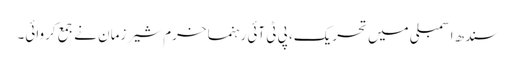
سندھ اسمبلی میں تحریک، پی ٹی آئی رہنما خرم شیر زمان نے جمع کروائی۔